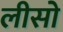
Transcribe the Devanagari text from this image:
लीसो